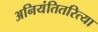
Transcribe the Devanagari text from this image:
अनियंतितरित्या